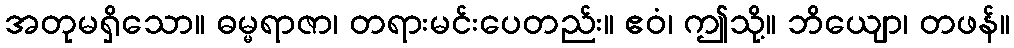
အတုမရှိသော။ ဓမ္မရာဇာ၊ တရားမင်းပေတည်း။ ဧဝံ၊ ဤသို့။ ဘိယျော၊ တဖန်။